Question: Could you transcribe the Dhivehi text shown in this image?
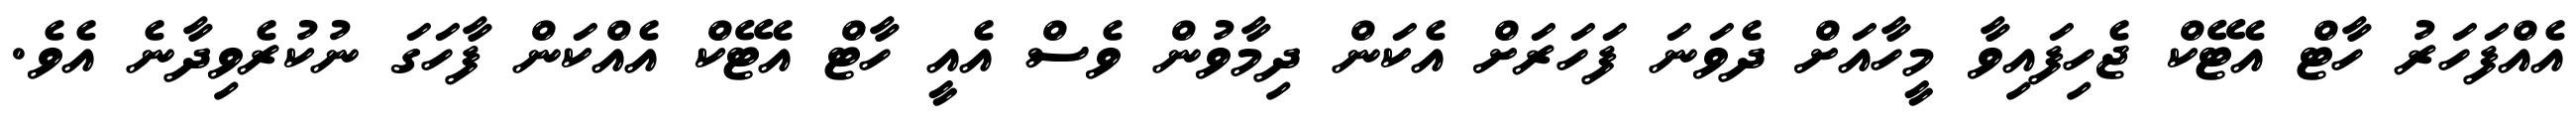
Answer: އެއްފަހަރު ހާޓް އެޓޭކް ޖެހިފައިވާ މީހާއަށް ދެވަނަ ފަހަރަށް އެކަން ދިމާވުން ވެސް އެއީ ހާޓް އެޓޭކް އެއްކަން ފާހަގަ ނުކުރެވިދާނެ އެވެ.